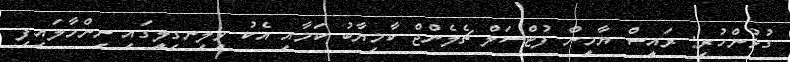
ގުޅުންހުރި: ރައީސް ޔާމީން ފުޓްސަލް ޗެލެންޖް ކާމިޔާބު ކަމާއި އެކު ވިލިނގިލީގައި ނިންމާލައިފި